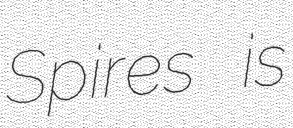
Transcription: Spires is